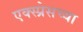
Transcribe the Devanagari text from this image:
एक्स्प्रेसच्या